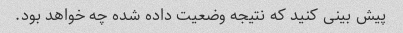
پیش بینی کنید که نتیجه وضعیت داده شده چه خواهد بود.